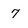
Character: 7